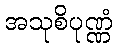
အသုစိပုဏ္ဏံ